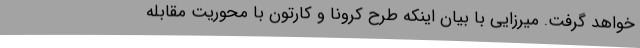
خواهد گرفت. میرزایی با بیان اینکه طرح کرونا و کارتون با محوریت مقابله